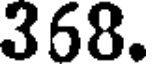
368.